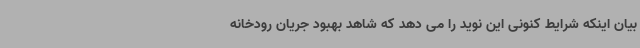
بیان اینکه شرایط کنونی این نوید را می دهد که شاهد بهبود جریان رودخانه